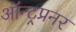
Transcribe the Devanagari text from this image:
ऑन्ट्रप्रनर